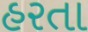
હરતા